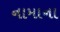
નામાના